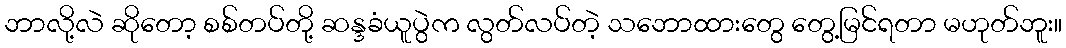
ဘာလို့လဲ ဆိုတော့ စစ်တပ်တို့ ဆန္ဒခံယူပွဲက လွတ်လပ်တဲ့ သဘောထားတွေ တွေ့မြင်ရတာ မဟုတ်ဘူး။